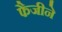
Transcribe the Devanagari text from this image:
फैजीने